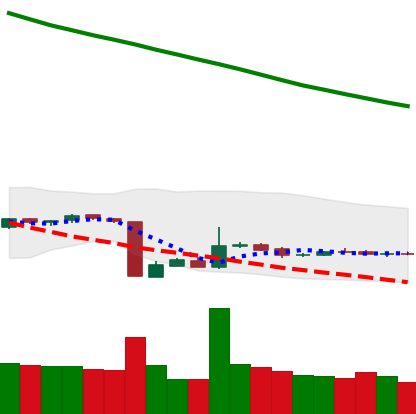
Ticker: ETH-USD
Chart end date: 2018-10-24
Forward return: -3.24%
Label: down_3_5